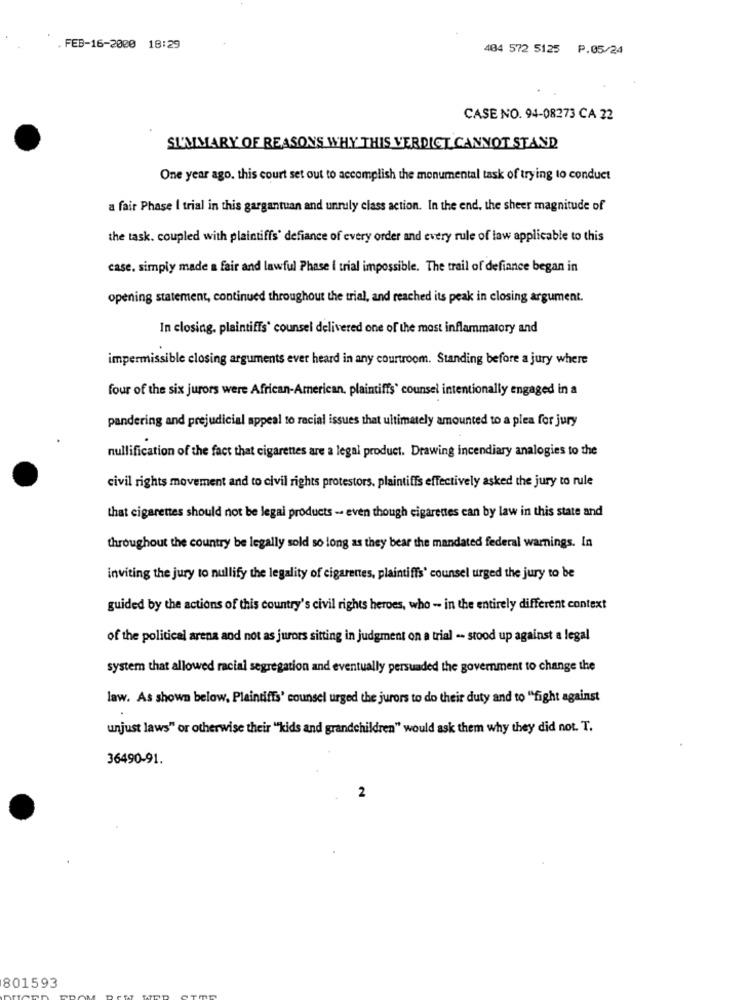
FEB-16-2000 18:29
484 572 5125 P.05/24
CASE NO. 94-08273 CA 22
SUMMARY OF REASONS WHY THIS VERDICT CANNOT STAND
One year ago. this court set out to accomplish the monumental task of trying to conduct
a fair Phase I trial in this gargantuan and unruly class action. In the end, the sheer magnitude of
the task. coupled with plaintiffs' defiance of every order and every rule of law applicable to this
case. simply made a fair and lawful Phase i trial impossible. The trail of defiance began in
opening statement, continued throughout the trial, and reached its peak in closing argument.
In closing, plaintiffs' counsel delivered one of the most inflammatory and
impermissible closing arguments ever heard in any courtroom. Standing before a jury where
four of the six jurors were African-American, plaintiffs' counsel intentionally engaged in a
pandering and prejudicial appeal to racial issues that ultimately amounted to a plea for jury
nullification of the fact that cigarettes are a legal product. Drawing incendiary analogies to the
civil rights movement and to civil rights protestors, plaintiffs effectively asked the jury to rule
that cigarettes should not be legal products -- even though cigarettes can by law in this state and
throughout the country be legally sold so long as they bear the mandated federal warnings. In
inviting the jury to nullify the legality of cigarettes, plaintiffs' counsel urged the jury to be
guided by the actions of this country's civil rights heroes, who - in the entirely different context
of the political arena and not as jurors sitting in judgment on a trial -- stood up against a legal
system that allowed racial segregation and eventually persuaded the government to change the
law. As shown below, Plaintiffs' counsel urged the jurors to do their duty and to "fight against
unjust laws" or otherwise their ""kids and grandchildren" would ask them why they did not. T.
36490-91.
2
801593